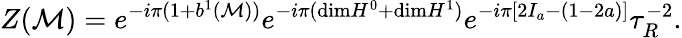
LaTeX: Z({\cal M})=e^{-i\pi(1+b^{1}({\cal M}))}e^{-i\pi(\mathrm{dim}H^{0}+\mathrm{dim}H^{1})}e^{-i\pi[2I_{a}-(1-2a)]}{\tau}_{R}^{-2}.